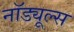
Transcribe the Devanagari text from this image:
नॉड्यूल्स